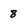
Character: 8